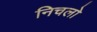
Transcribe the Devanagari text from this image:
निचलो